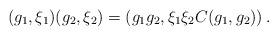
LaTeX: \begin{align*}(g_1,\xi_1)(g_2,\xi_2)=(g_1g_2,\xi_1\xi_2 C(g_1,g_2))\,.\end{align*}